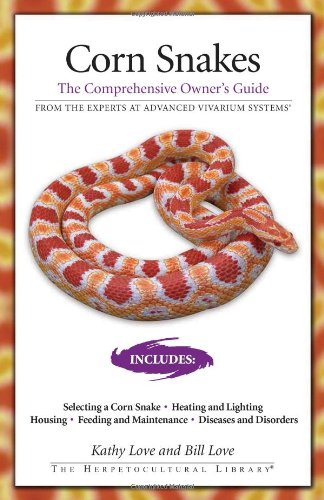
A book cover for Corn Snakes: The Comprehensive Owner's Guide (The Herpetocultural Library); Kathy Love; Crafts, Hobbies & Home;